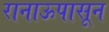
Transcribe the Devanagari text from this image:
रानाऊपासून